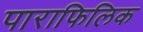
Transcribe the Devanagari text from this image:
पाराफिलिक